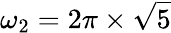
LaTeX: \omega_{2}=2\pi\times\sqrt{5}